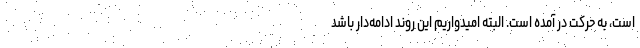
است، به حرکت در آمده است. البته امیدواریم این روند ادامه‌دار باشد